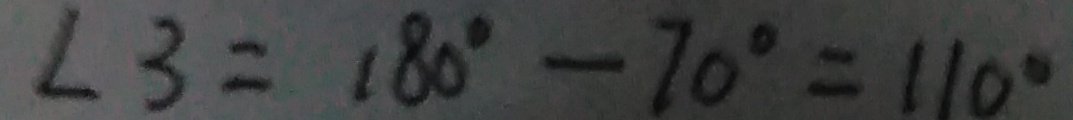
\angle 3 = 1 8 0 ^ { \circ } - 7 0 ^ { \circ } = 1 1 0 ^ { \circ }